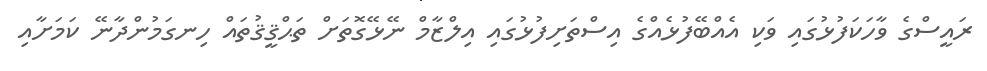
ރައީސްގެ ވާހަކަފުޅުގައި ވަކި އެއްބޭފުޅެއްގެ އިސްތަށިފުޅުގައި އިލްޒާމް ނޭޅޭގޮތަށް ތަޙްޤީޤުތައް ހިނގަމުންދާނޭ ކަމަށާއި